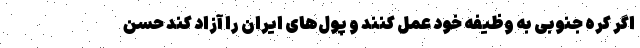
اگر کره جنوبی به وظیفه خود عمل کنند و پول‌های ایران را آزاد کند حسن